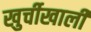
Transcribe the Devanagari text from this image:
खुर्चीखाली